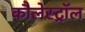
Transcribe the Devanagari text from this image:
कौलेस्ट्रॉल